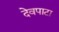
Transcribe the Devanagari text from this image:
देवपाटा